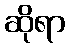
ဆိုရာ